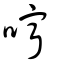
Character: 嚀